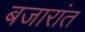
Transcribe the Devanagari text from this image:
बजारांत